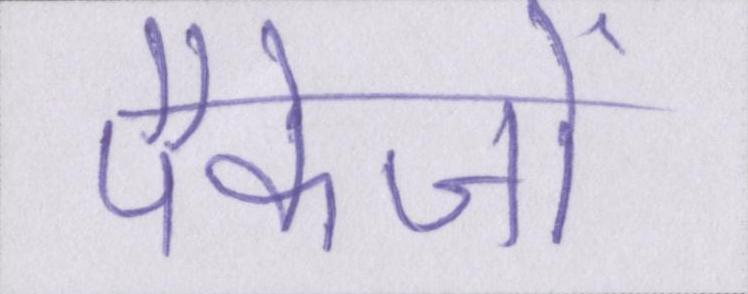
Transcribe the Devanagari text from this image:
पैकेजों